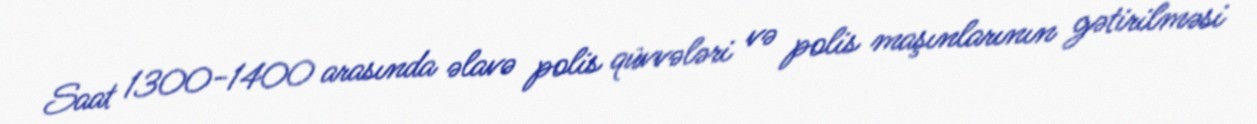
Saat 1300-1400 arasında əlavə polis qüvvələri və polis maşınlarının gətirilməsi